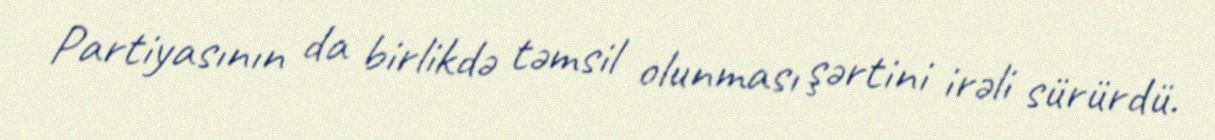
Partiyasının da birlikdə təmsil olunması şərtini irəli sürürdü.